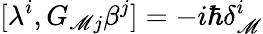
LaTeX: [\lambda^{i},G_{\mathscr{M}j}\beta^{j}]=-i\hbar\delta_{\mathscr{M}}^{i}